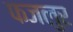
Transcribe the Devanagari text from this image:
फजलुर